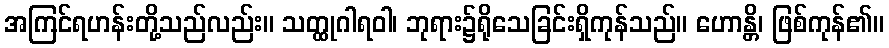
အကြင်ရဟန်းတို့သည်လည်း။ သတ္ထုဂါရဝါ၊ ဘုရား၌ရိုသေခြင်းရှိကုန်သည်။ ဟောန္တိ၊ ဖြစ်ကုန်၏။